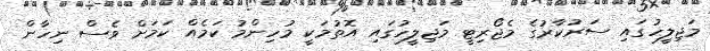
މަޖިލީހުގައި ސަރުކާރުގެ މެޖޯރިޓީ މަޖިލީހުގައި އޮތުމަކީ މުހިންމު ކަމެއް ކަމަށް ވެސް ނިހާން